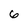
Character: 6